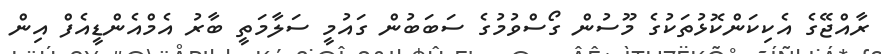
ރާއްޖޭގެ އެކިކަންކޮޅުތަކުގެ މޫސުން ގޯސްވުމުގެ ސަބަބުން ގައުމީ ސަލާމަތީ ބާރު އެމްއެންޑީއެފް އިން